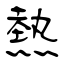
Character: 熱